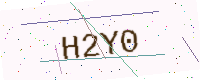
Text: H2Y0